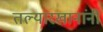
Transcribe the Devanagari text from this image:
तल्यारखानांनी